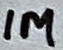
Text: 1M